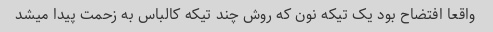
واقعا افتضاح بود یک تیکه نون که روش چند تیکه کالباس به زحمت پیدا میشد